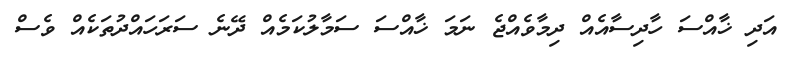
އަދި ޚާއްސަ ހާދިސާއެއް ދިމާވެއްޖެ ނަމަ ޚާއްސަ ސަމާލުކަމެއް ދޭނެ ސަރަހައްދުތަކެއް ވެސް